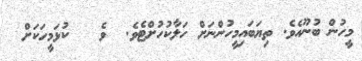
މީހުން ބުނޫއެވެ. ތިޔަބައިމީހުންނަށް ހަލާކުހުށްޓެވެ.  ވެ   ކުޅަމީހަކަށް